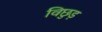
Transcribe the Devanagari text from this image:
विछुड़